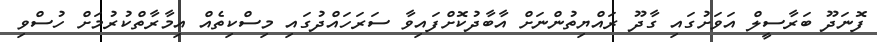
ފޮނަދޫ ބަރާސީލް އަވަށުގައި ގާދޫ ރައްޔިތުންނަށް އާބާދުކޮށްފައިވާ ސަރަހައްދުގައި މިސްކިތެއް އިމާރާތްކުރުމަށް ހުސްވި